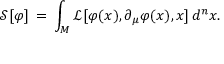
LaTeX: { \mathcal { S } } [ \varphi ] \, = \, \int _ { M } { \mathcal { L } } [ \varphi ( x ) , \partial _ { \mu } \varphi ( x ) , x ] \, d ^ { n } x .